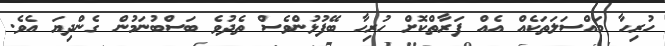
ހުރިހާ މައްސަލަތަކެއް އެއް ފަރާތްކޮށް ހުރިހާ ބޭފުޅުންވެސް ތެދުވެ ބަސްބުނަމުން ގެންދިޔަ އެވެ.